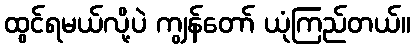
ထွင်ရမယ်လို့ပဲ ကျွန်တော် ယုံကြည်တယ်။